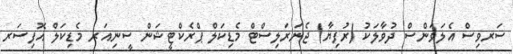
ސަރވިސް އެލަވަންސް ދުވާލަކު (ރުފިޔާ) ޖެނަރަލިސްޓް މެޑިކަލް ޕްރެކްޓީޝަން ސީނިއަރ މެޑިކަލް އޮފިސަރ